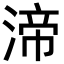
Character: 渧